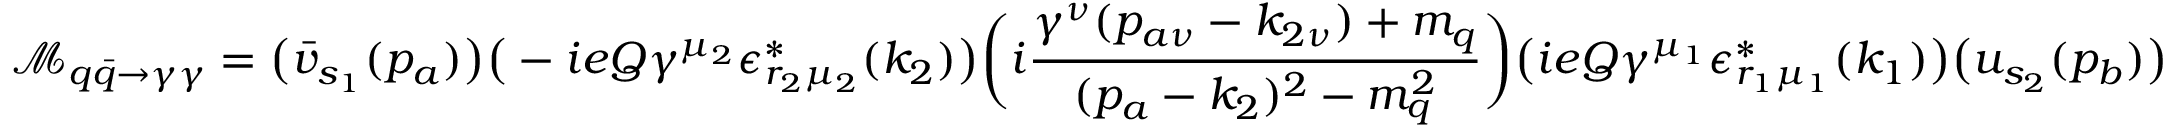
\mathcal { M } _ { q \bar { q } \rightarrow \gamma \gamma } = \big ( \bar { v } _ { s _ { 1 } } ( p _ { a } ) \big ) \big ( - i e Q \gamma ^ { \mu _ { 2 } } \epsilon _ { r _ { 2 } \mu _ { 2 } } ^ { * } ( k _ { 2 } ) \big ) \bigg ( i \frac { \gamma ^ { \nu } ( p _ { a \nu } - k _ { 2 \nu } ) + m _ { q } } { ( p _ { a } - k _ { 2 } ) ^ { 2 } - m _ { q } ^ { 2 } } \bigg ) \big ( i e Q \gamma ^ { \mu _ { 1 } } \epsilon _ { r _ { 1 } \mu _ { 1 } } ^ { * } ( k _ { 1 } ) \big ) \big ( u _ { s _ { 2 } } ( p _ { b } ) \big )